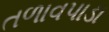
તળાવપાડા